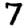
Digit: 7